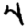
Digit: 4